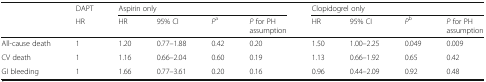
| <ROWSPAN=2>  | DAPT | <COLSPAN=4> Aspirin only | <COLSPAN=4> Clopidogrel only |
 | HR | HR | 95% CI | Pa | P for PH assumption | HR | 95% CI | Pb | P for PH assumption |
 | --- | --- | --- | --- | --- | --- | --- | --- | --- | --- |
 | All-cause death | 1 | 1.20 | 0.77–1.88 | 0.42 | 0.20 | 1.50 | 1.00–2.25 | 0.049 | 0.009 |
 | CV death | 1 | 1.16 | 0.66–2.04 | 0.60 | 0.19 | 1.13 | 0.66–1.92 | 0.65 | 0.42 |
 | GI bleeding | 1 | 1.66 | 0.77–3.61 | 0.20 | 0.16 | 0.96 | 0.44–2.09 | 0.92 | 0.48 |